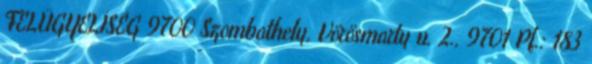
FELÜGYELİSÉG 9700 Szombathely, Vörösmarty u. 2., 9701 Pf.: 183